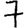
Digit: 7